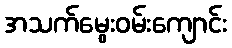
အသက်မွေးဝမ်းကျောင်း